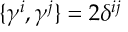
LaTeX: \{ \gamma ^ { i } , \gamma ^ { j } \} = 2 \delta ^ { i j }